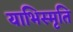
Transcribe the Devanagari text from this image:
याभिस्मृति